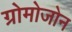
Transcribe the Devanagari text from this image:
ग्रोमोजोन